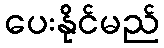
ပေးနိုင်မည်